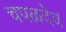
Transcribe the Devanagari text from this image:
चपळदेव